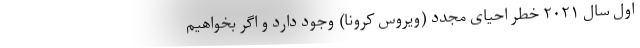
اول سال ۲۰۲۱ خطر احیای مجدد (ویروس کرونا) وجود دارد و اگر بخواهیم